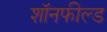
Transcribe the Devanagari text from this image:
शॉनफील्ड